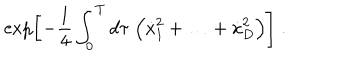
\exp \biggl [ - \frac { 1 } { 4 } \int _ { 0 } ^ { T } d \tau \; \Bigl ( \dot { x } _ { 1 } ^ { 2 } + \ldots + \dot { x } _ { D } ^ { 2 } \Bigr ) \biggr ] \; .